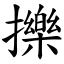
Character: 擽